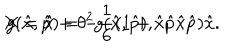
LaTeX: X = \hat { x } + \theta ^ { 2 } g ( \hat { x } , \hat { p } ) , \hspace { 1 . 8 c m } g ( \hat { x } , \hat { p } ) = - \frac { 1 } { 6 } ( 1 + \hat { x } \hat { p } \hat { x } \hat { p } ) \hat { x } .